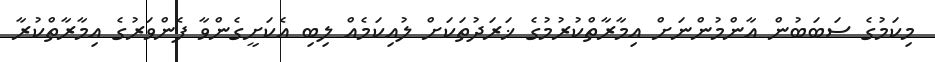
މިކަމުގެ ސަބަބުން އާންމުންނަށް އިމާރާތްކުރުމުގެ ޚަރަދުތަކަށް ލުއިކަމެއް ލިބި އެކަށީގެންވާ ފެންވަރުގެ އިމާރާތްކުރާ